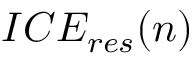
I C E _ { r e s } ( n )